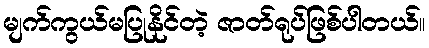
မျက်ကွယ်မပြုနိုင်တဲ့ ဇာတ်ရုပ်ဖြစ်ပါတယ်။